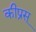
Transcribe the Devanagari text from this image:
कीप्रस्